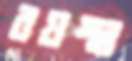
বয়স্থা